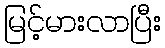
မြင့်မားလာပြီး